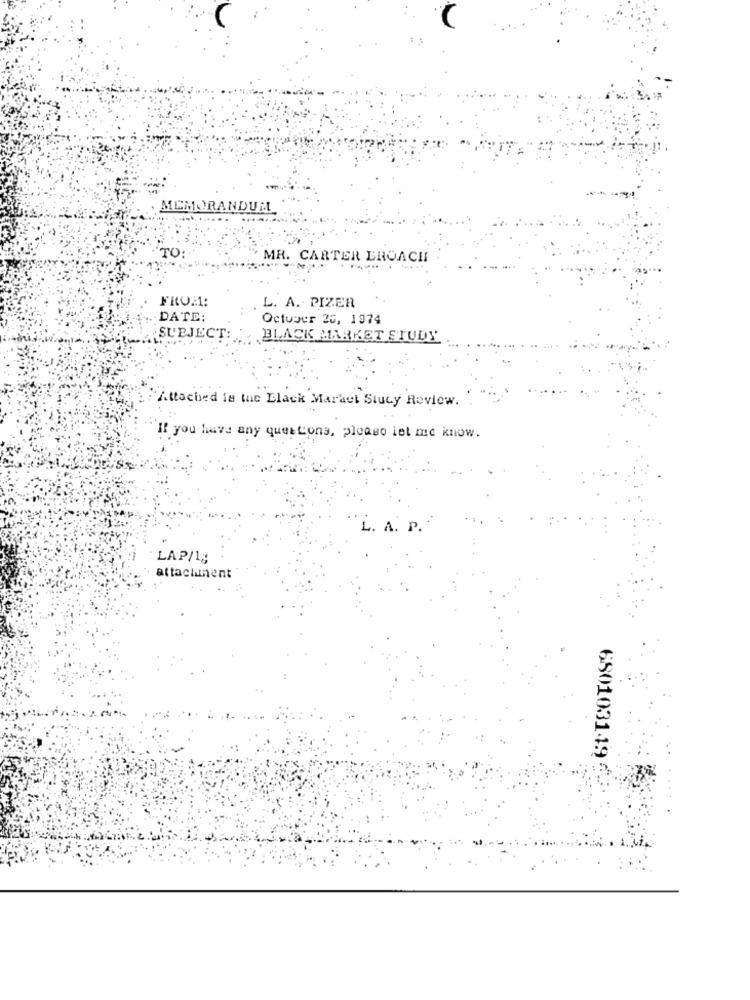
MEMORANDUM
TO:
MR. CARTER BROACH
FROM:
L. A. PIZER
DATE:
October 26, 1974
SUBJECT:
BLACK MARKET STUDY
Attached is the Black Maraut Stucy Review. .
If you have any questions, please let me know.
L. A. P.
LAP/1;
attactunent
680103149